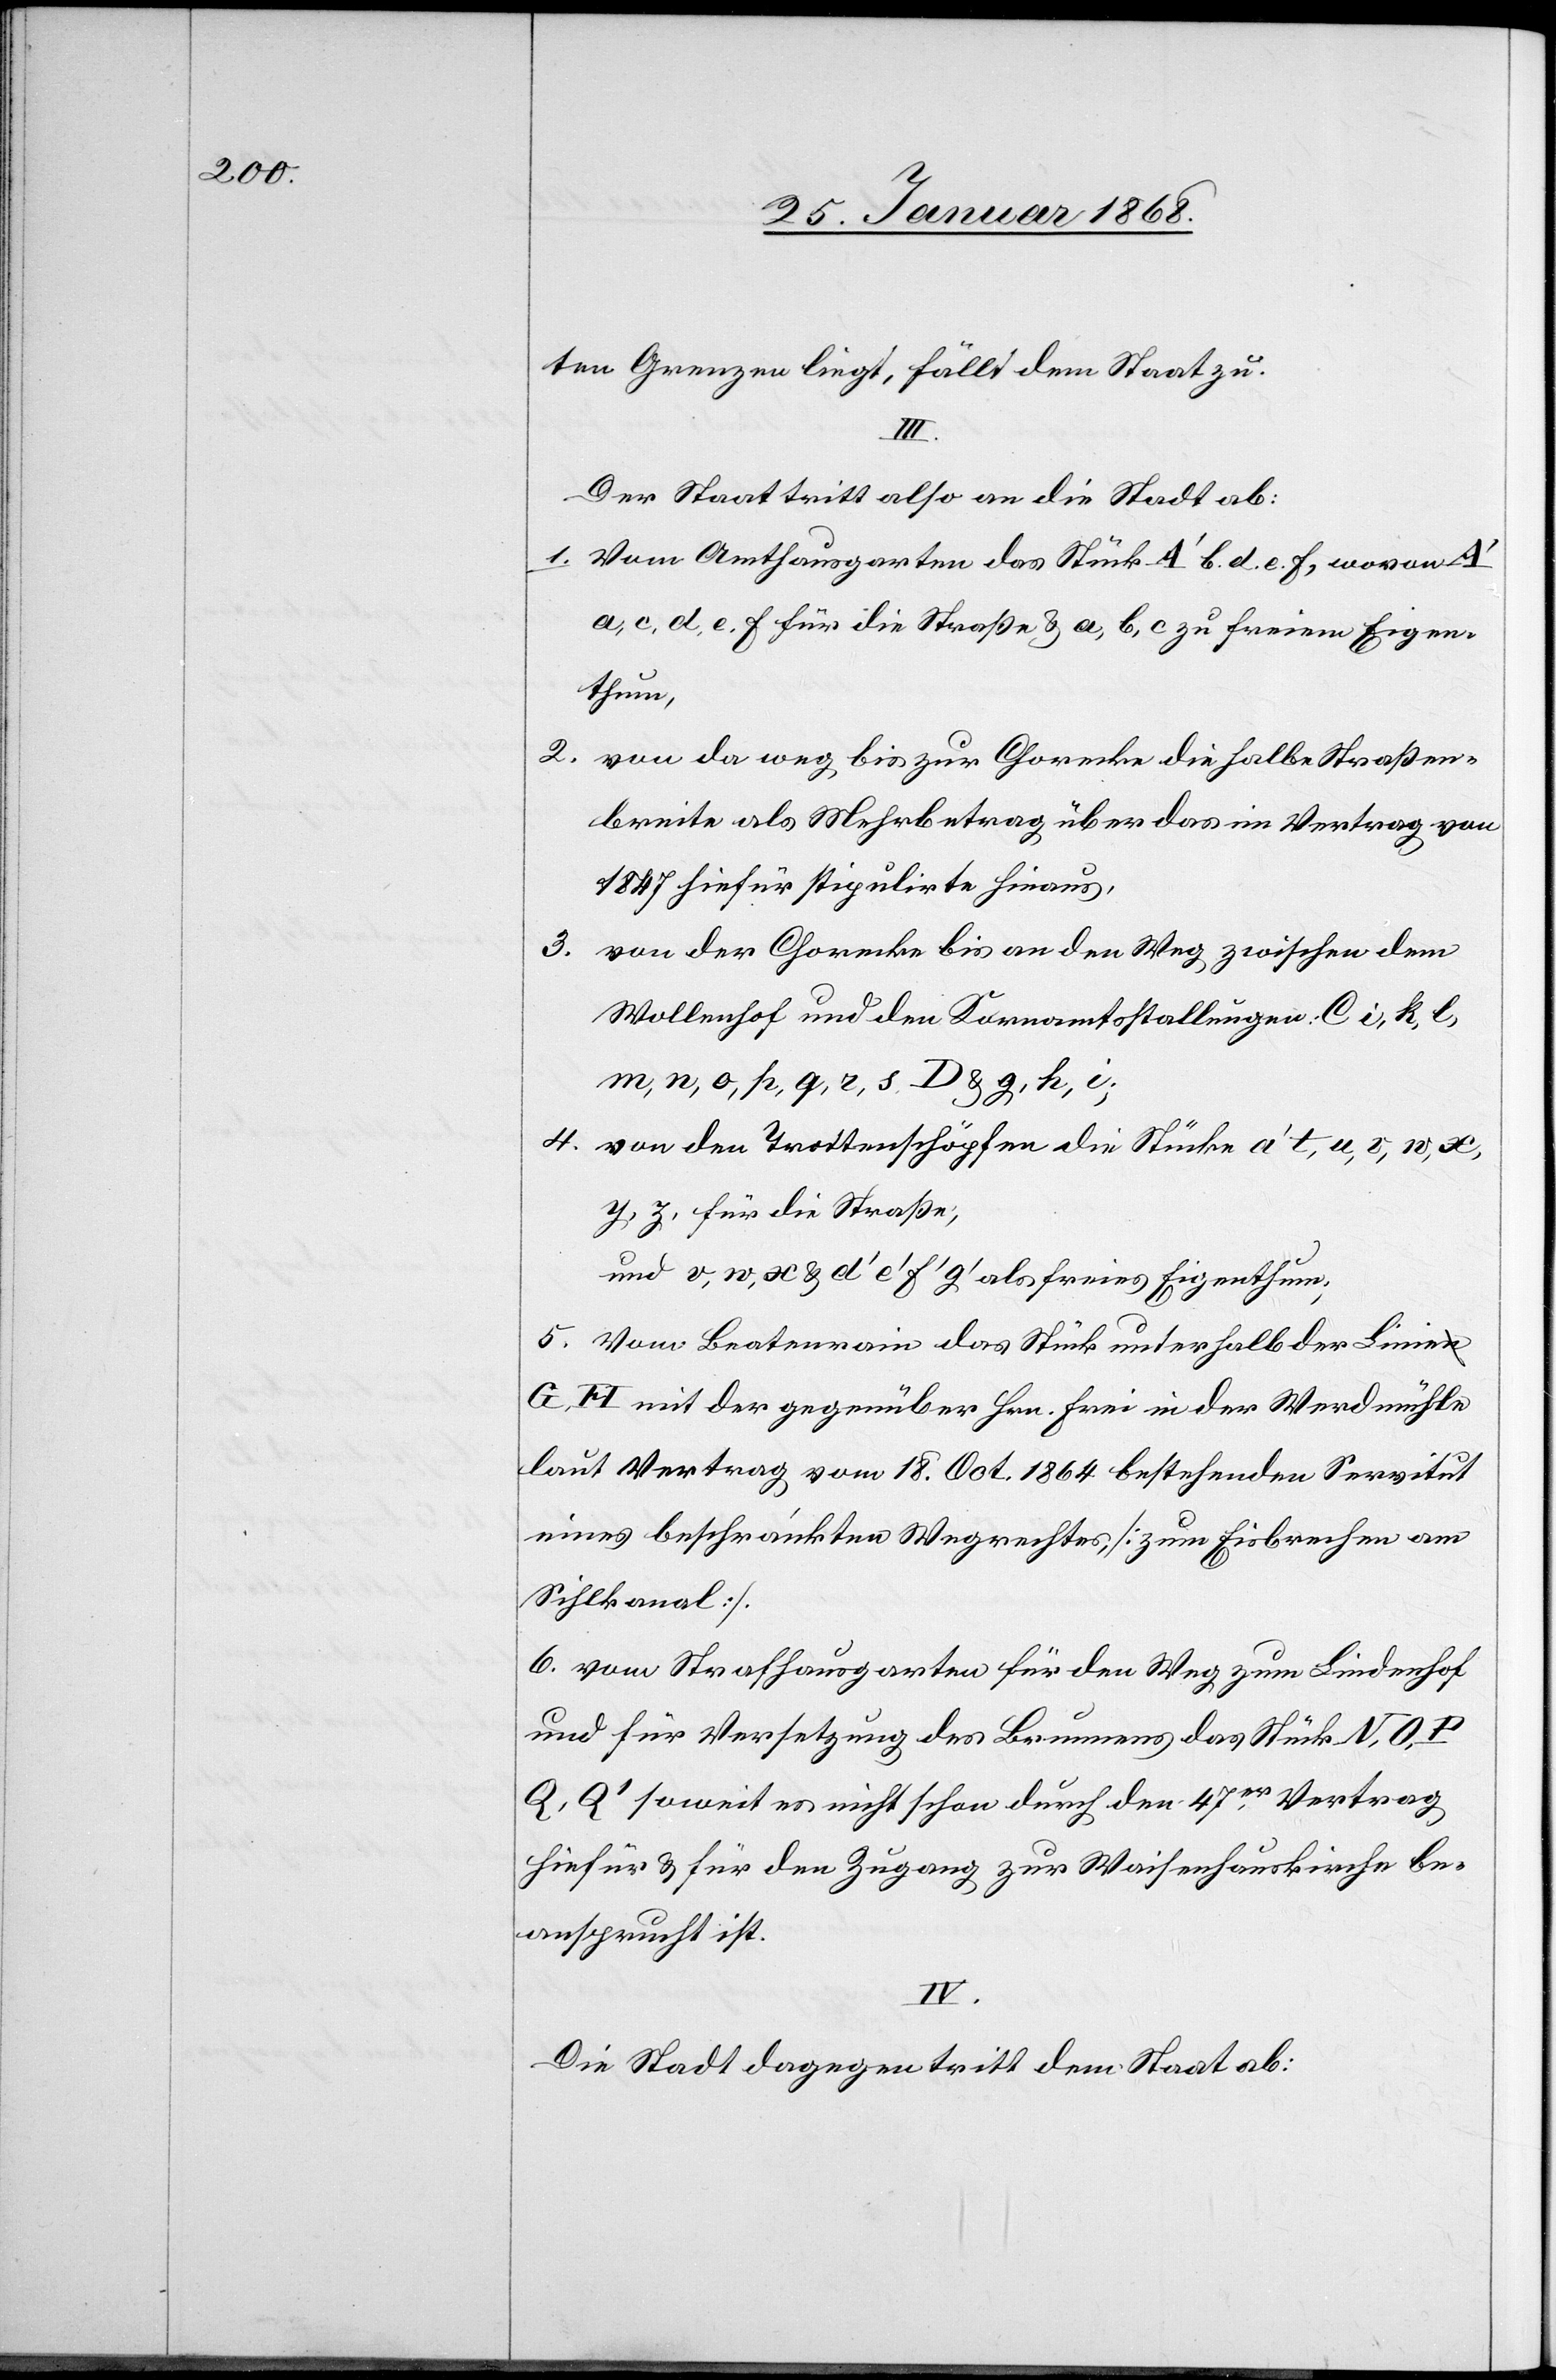
ten Grenzen liegt, fällt dem Staat zu.
4.
Der Staat tritt also an die Stadt ab:
Vom Amthausgarten das Stück A‘ b. d. e. f, wovon A‘
a, c, d, e, f für die Straße & a, b, c zu freiem Eigen¬
thum,
von da weg bis zur Chorecke die halbe Straßen¬
breite als Mehrbetrag über das im Vertrag von
1847 hiefür stipulirte hinaus,
von der Chorecke bis an den Weg zwischen dem
Wollenhof und den Kornamtsstallungen. C i, k, l,
m, n, o, p, q, r, s D & g, h, i;
von den Trottenschöpfen die Stücke a‘ t, u, v, w, x,
y, z, für die Straße;
und v, w, x & d‘ e‘ f‘ g‘ als freies Eigenthum;
Vom Beatenrain das Stück unterhalb der Linie
G, H mit der gegenüber Hrn. Frei in der Werdmühle
laut Vertrag vom 18. Oct. 1864 bestehenden Servitut
eines beschränkten Wegrechtes, [zum Eisbrechen am
Sihlkanal].
vom Strafhausgarten für den Weg zum Lindenhof
und für Versetzung des Brunnens das Stück N, O,
Q, Q‘ soweit es nicht schon durch den 47er. Vertrag
hiefür & für den Zugang zur Waisenhauskirche be¬
ansprucht ist.
IV.
Die Stadt dagegen tritt dem Staat ab: